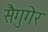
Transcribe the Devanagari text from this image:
सैगुगेर